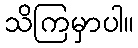
သိကြမှာပါ။